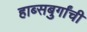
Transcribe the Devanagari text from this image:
हाब्सबुर्गांची